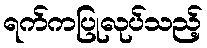
ရက်ကပြုလုပ်သည့်